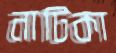
নাটিকা